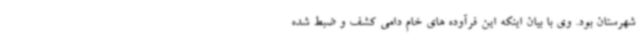
شهرستان بود. وی با بیان اینکه این فرآوده های خام دامی کشف و ضبط شده